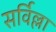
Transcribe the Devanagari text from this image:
सर्विल्ला